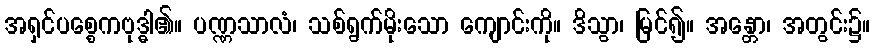
အရှင်ပစ္စေကဗုဒ္ဓါ၏။ ပဏ္ဏသာလံ၊ သစ်ရွက်မိုးသော ကျောင်းကို။ ဒိသွာ၊ မြင်၍။ အန္တော၊ အတွင်း၌။